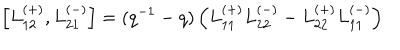
\left[ L _ { 1 2 } ^ { ( + ) } , L _ { 2 1 } ^ { ( - ) } \right] = ( q ^ { - 1 } - q ) \left( L _ { 1 1 } ^ { ( + ) } L _ { 2 2 } ^ { ( - ) } - L _ { 2 2 } ^ { ( + ) } L _ { 1 1 } ^ { ( - ) } \right)